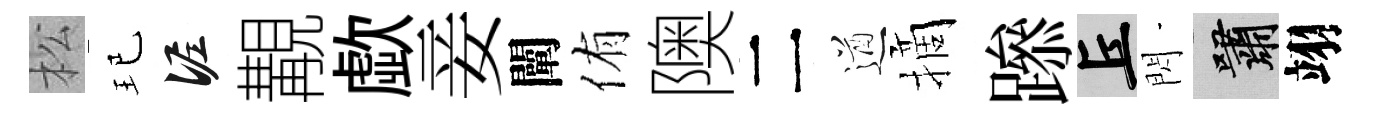
松玘泥覯歔妾闡侑隩二遒摘𨅶丘閃嘯翊